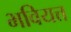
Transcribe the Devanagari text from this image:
भवियत्त